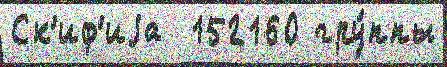
Ск'иф'иjа  152160 гру́ппы